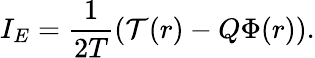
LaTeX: I_{E}=\frac{1}{2T}\left(\mathcal{T}(r)-Q\Phi(r)\right).